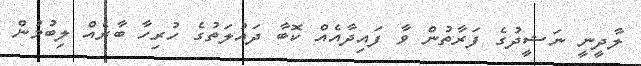
ލާދީނީ ނަޝީދުގެ ފަރާތުން ވާ ފައިދާއެއް ކޮބާ ދައުލަތުގެ ހުރިހާ ބާރެއް ލިބުމުން